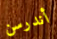
أندرسن